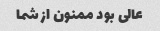
عالی بود ممنون از شما